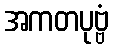
အကတပုဗ္ဗံ